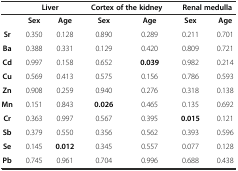
<table><thead><tr><td></td><td colspan="2"><b>Liver</b></td><td colspan="2"><b>Cortex of the kidney</b></td><td colspan="2"><b>Renal medulla</b></td></tr></thead><tbody><tr><td></td><td><b>Sex</b></td><td><b>Age</b></td><td><b>Sex</b></td><td><b>Age</b></td><td><b>Sex</b></td><td><b>Age</b></td></tr><tr><td><b>Sr</b></td><td>0.350</td><td>0.128</td><td>0.890</td><td>0.289</td><td>0.211</td><td>0.701</td></tr><tr><td><b>Ba</b></td><td>0.388</td><td>0.331</td><td>0.129</td><td>0.420</td><td>0.809</td><td>0.721</td></tr><tr><td><b>Cd</b></td><td>0.997</td><td>0.158</td><td>0.652</td><td><b>0.039</b></td><td>0.982</td><td>0.214</td></tr><tr><td><b>Cu</b></td><td>0.569</td><td>0.413</td><td>0.575</td><td>0.156</td><td>0.786</td><td>0.593</td></tr><tr><td><b>Zn</b></td><td>0.908</td><td>0.259</td><td>0.940</td><td>0.276</td><td>0.318</td><td>0.138</td></tr><tr><td><b>Mn</b></td><td>0.151</td><td>0.843</td><td><b>0.026</b></td><td>0.465</td><td>0.135</td><td>0.692</td></tr><tr><td><b>Cr</b></td><td>0.363</td><td>0.997</td><td>0.567</td><td>0.395</td><td><b>0.015</b></td><td>0.121</td></tr><tr><td><b>Sb</b></td><td>0.379</td><td>0.550</td><td>0.356</td><td>0.562</td><td>0.393</td><td>0.596</td></tr><tr><td><b>Se</b></td><td>0.145</td><td><b>0.012</b></td><td>0.345</td><td>0.557</td><td>0.077</td><td>0.128</td></tr><tr><td><b>Pb</b></td><td>0.745</td><td>0.961</td><td>0.704</td><td>0.996</td><td>0.688</td><td>0.438</td></tr></tbody></table>